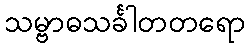
သမ္ဗာဓသင်္ခါတတရော